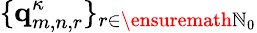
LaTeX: \{ \mathbf{q}_{m,n,r}^{\kappa}\} _{r\in\ensuremath{\mathbb{N}}_{0}}